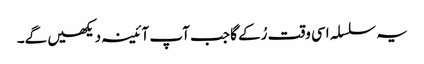
یہ سلسلہ اسی وقت رُکے گا جب آپ آئینہ دیکھیں گے۔